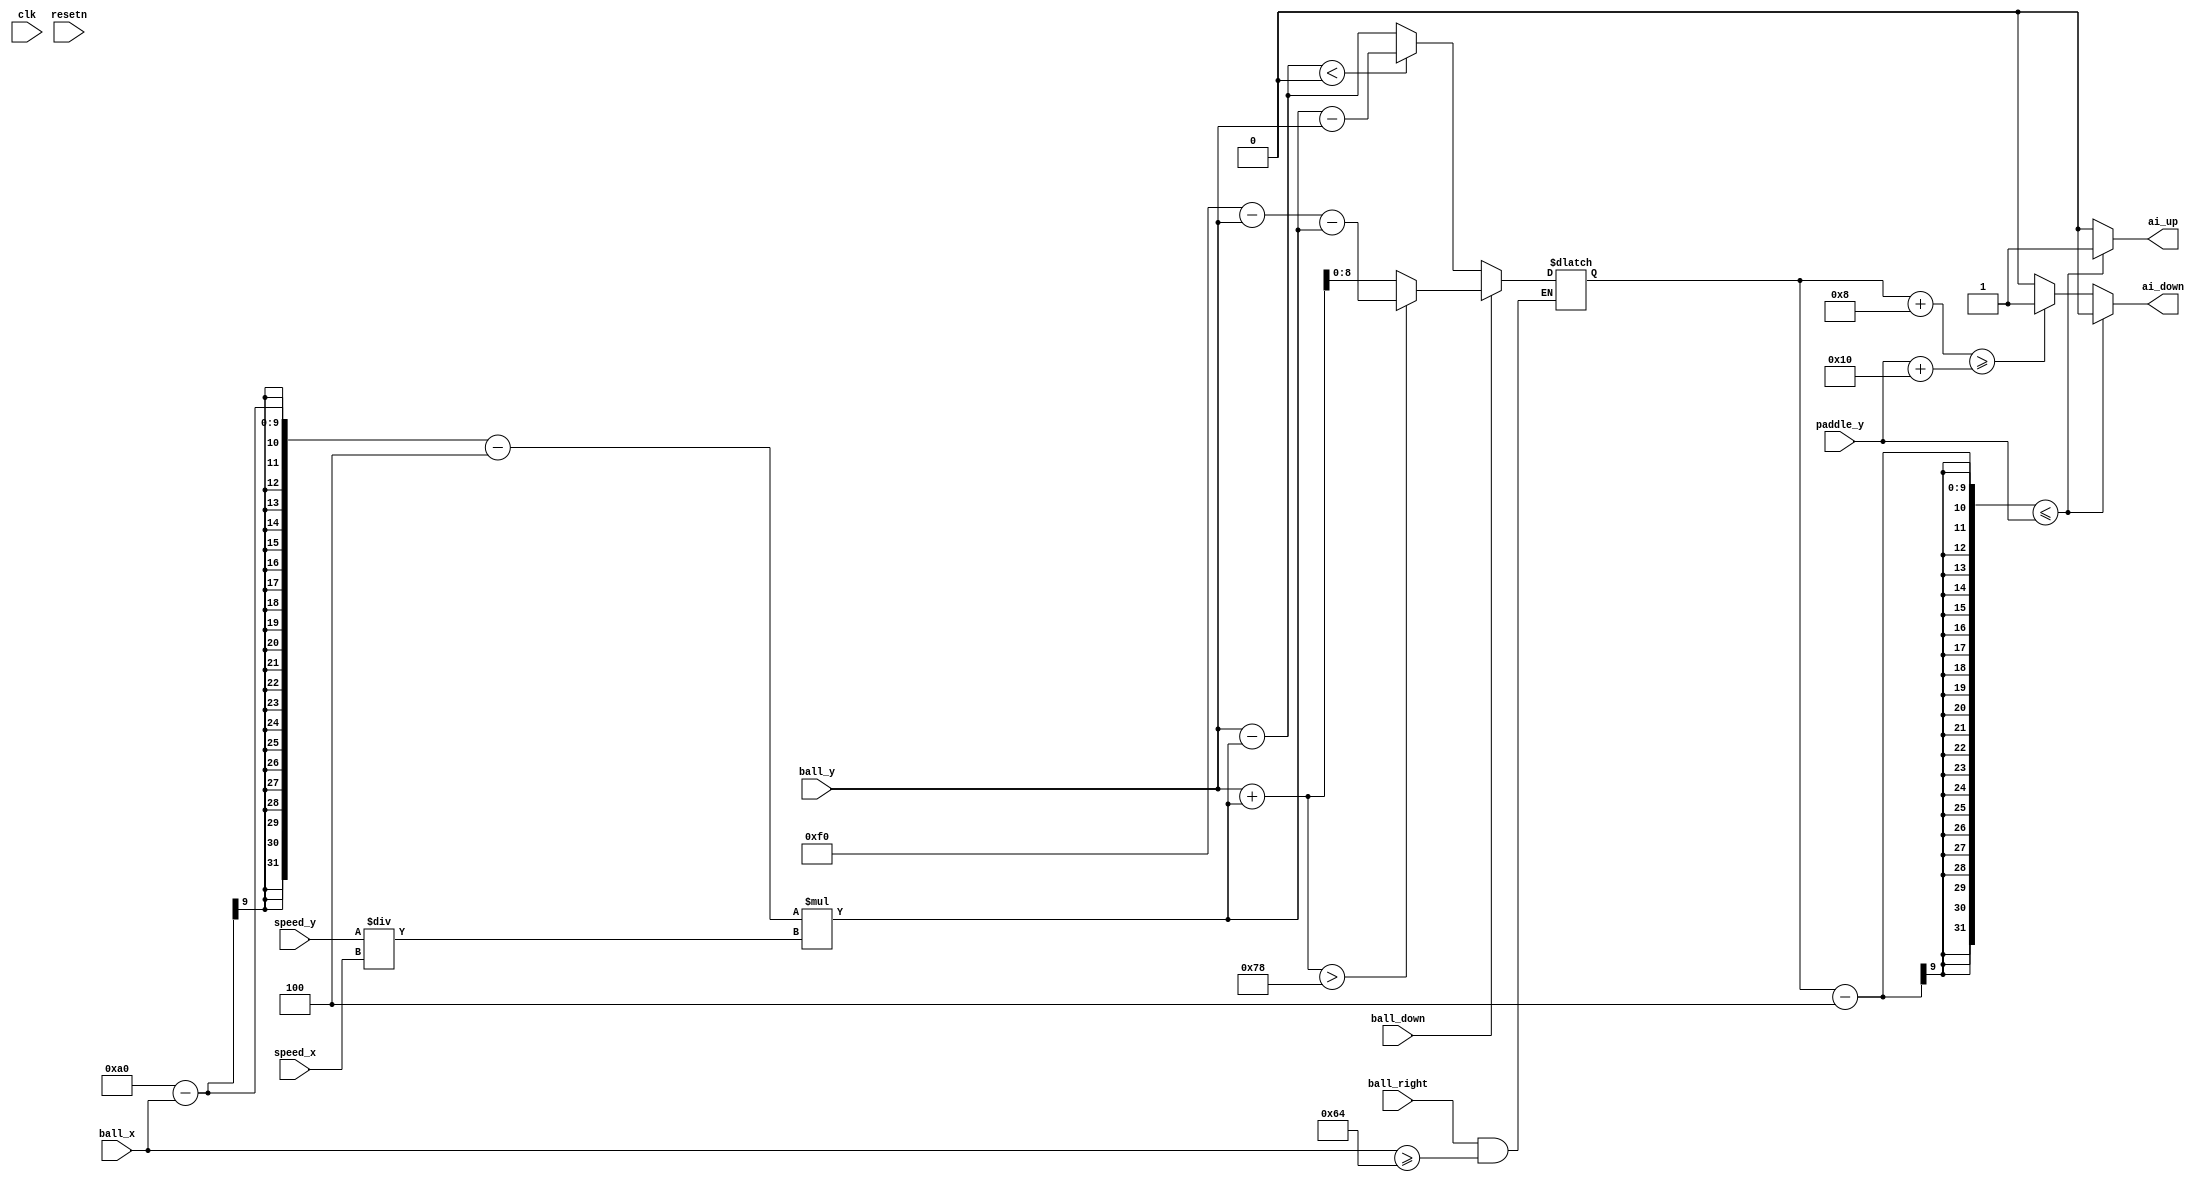
module ai_player(input clk,
					  input resetn,	
					  input [8:0] ball_x,
					  input [7:0] ball_y,
					  input [8:0] speed_x,
					  input [7:0] speed_y,
					  input ball_down,
					  input ball_right,
					  input [7:0] paddle_y,
					  output reg ai_up,
					  output reg ai_down
					  );
	reg [8:0] y_distance;
	reg [8:0] y_target;
	always @(*) begin
		ai_up = 0;
		ai_down = 0;
		y_distance = (160-ball_x-4) * (speed_y/speed_x);
		
		if (ball_right && ball_x >= 100) begin
			// Update the target y if the ball is going down
			if (ball_down) begin
				y_target <= ball_y  + y_distance > 120 ? 240 - ball_y-y_distance : ball_y+y_distance;
			end
			// Update the target y if the ball is going up
			else begin
				y_target <= $signed(ball_y - y_distance) < 0 ? y_distance - ball_y: ball_y - y_distance;
			end
		end
		// If the target y is lower than the paddle, tell the paddle to go up
		if (y_target - 4 <= paddle_y) begin
			ai_up <= 1'b1;
		end
		// If the target y is higher than the paddle, tell the paddle to go down
		else if (y_target + 8 >= paddle_y + 16) begin
			ai_down <= 1'b1;
		end
	end
endmodule